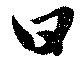
日